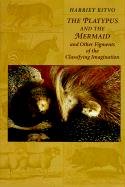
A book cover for The Platypus and the Mermaid: And Other Figments of the Classifying Imagination; Harriet Ritvo; Science & Math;